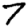
Digit: 7